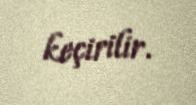
keçirilir.